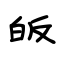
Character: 皈